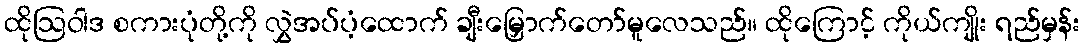
ထိုဩဝါဒ စကားပုံတို့ကို လွှဲအပ်ပံ့ထောက် ချီးမြှောက်တော်မူလေသည်။ ထိုကြောင့် ကိုယ်ကျိုး ရည်မှန်း